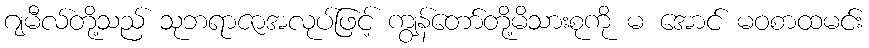
ဂျမီလ်တို့သည် သုဘရာဇာအလုပ်ဖြင့် ကျွန်တော်တို့မိသားစုကို မ အောင် မဝစာထမင်း